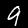
Digit: 9